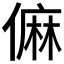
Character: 𠍨